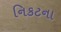
નિકટના